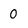
Character: 0